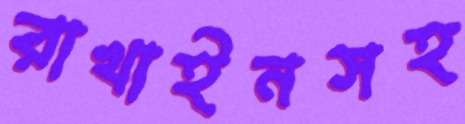
রাখাইনসহ